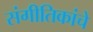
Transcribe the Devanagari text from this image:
संगीतिकांचे